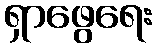
ရှာဖွေရေး